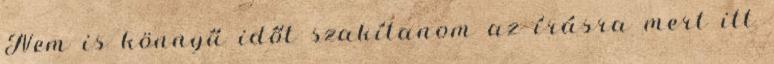
Nem is könnyű időt szakítanom az írásra mert itt